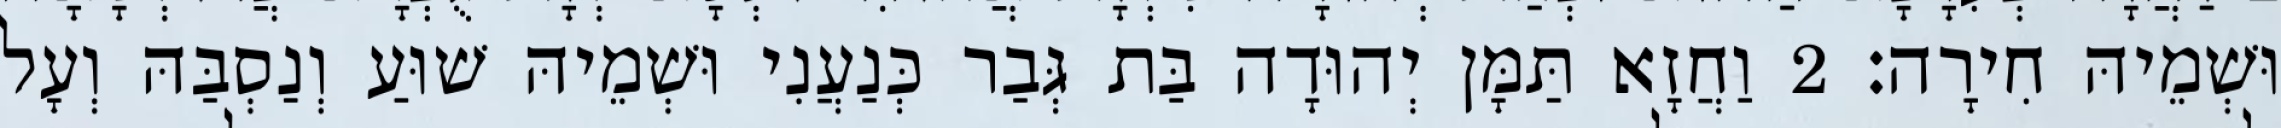
וּשְׁמֵיהּ חִירָה׃ 2 וַחֲזָא תַּמָּן יְהוּדָה בַּת גְּבַר כְּנַעֲנִי וּשְׁמֵיהּ שׁוּעַ וְנַסְבַּהּ וְעָל